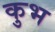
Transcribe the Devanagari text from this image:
कुभ